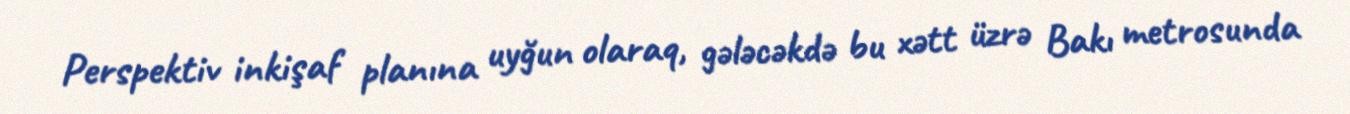
Perspektiv inkişaf planına uyğun olaraq, gələcəkdə bu xətt üzrə Bakı metrosunda